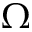
\boldsymbol { \Omega }